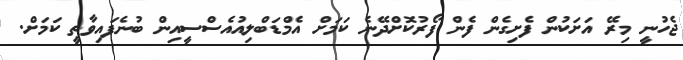
ޖެހުނީ މިރޭ އަށަކުން ފެށިގެން ފެން ފޯރުކޮށްދޭނެ ކަމަށް އެމްޑަބްލިއުއެސްސީއިން ބުނެފައިވާތީ ކަމަށް.